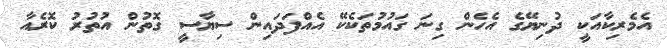
އެމެރިކާއަކީ ދުނިޔޭގެ އެހެން ގިނަ ގައުމުތަކެކޭ އެއްފަދައިން ސިޔާސީ ގޮތުން އުތުރު ކޮރެއާ